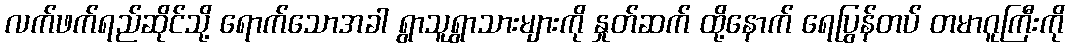
လက်ဖက်ရည်ဆိုင်သို့ ရောက်သောအခါ ရွာသူရွာသားများကို နှုတ်ဆက် ထို့နောက် ရေပြွန်တပ် တမာဂူကြီးကို